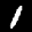
Label: 1